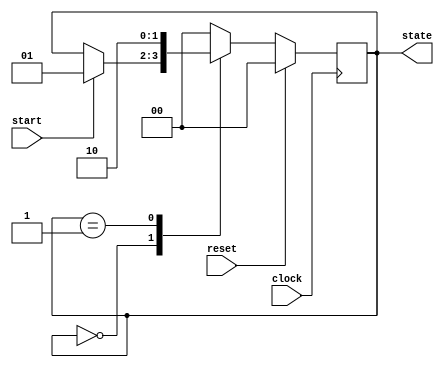
module fsm_example (
    input wire clock,         // Clock input
    input wire reset,         // Synchronous reset input
    input wire start,         // Input signal to start the FSM
    output reg [1:0] state    // Output state
);

    // State encoding
    localparam IDLE   = 2'b00;
    localparam STATE1 = 2'b01;
    localparam STATE2 = 2'b10;

    // Sequential logic block
    always @(posedge clock) begin
        if (reset) begin
            state <= IDLE;    // Reset state to IDLE
        end else begin
            case (state)
                IDLE: begin
                    if (start) begin
                        state <= STATE1; // Transition to STATE1 on start
                    end
                end
                STATE1: begin
                    // Perform actions for STATE1
                    state <= STATE2; // Transition to STATE2
                end
                STATE2: begin
                    // Perform actions for STATE2
                    state <= IDLE; // Transition back to IDLE
                end
                default: state <= IDLE; // Default case to handle unexpected states
            endcase
        end
    end

endmodule